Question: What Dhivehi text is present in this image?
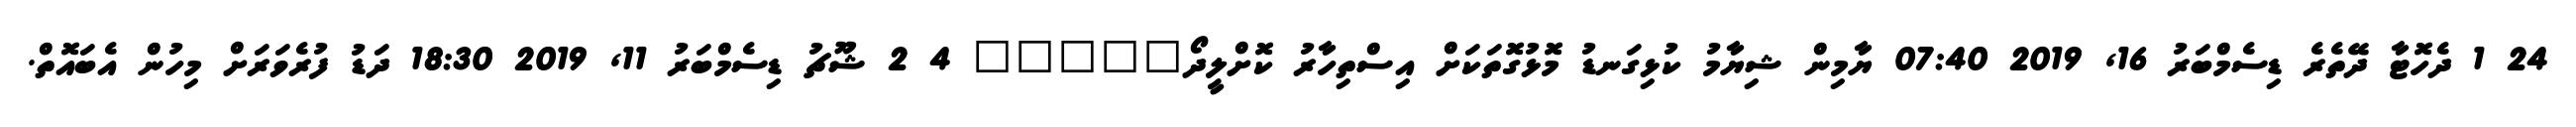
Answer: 24 1 ދެހޮޓާ ދޭތެރެ ޑިސެމްބަރު 16, 2019 07:40 ޔާމިން ޝިޔާމު ކުޅިގަނޑު މޮޅުގޮތަކަށް އިސްތިހާރު ކޮށްލީދޯ????? 4 2 ޝޫޗު ޑިސެމްބަރު 11, 2019 18:30 ދަޑު ފުރެވަރަށް މިހުން އެބައޮތް.